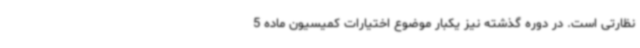
نظارتی است. در دوره گذشته نیز یکبار موضوع اختیارات کمیسیون ماده 5